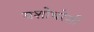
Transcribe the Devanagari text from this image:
यशोधरेशी